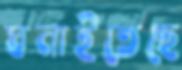
ঘনাইতেছে